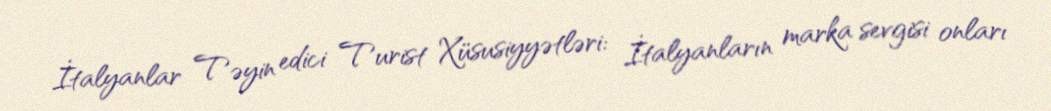
İtalyanlar Təyin edici Turist Xüsusiyyətləri: İtalyanların marka sevgisi onları